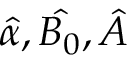
{ \hat { \alpha } , \hat { B _ { 0 } } , \hat { A } }